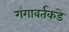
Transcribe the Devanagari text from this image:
गंगावर्तकडे